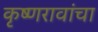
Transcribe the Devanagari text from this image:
कृष्णरावांचा